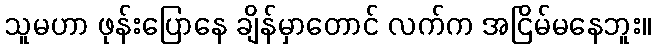
သူမဟာ ဖုန်းပြောနေ ချိန်မှာတောင် လက်က အငြိမ်မနေဘူး။